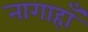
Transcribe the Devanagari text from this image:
नागाहाँ